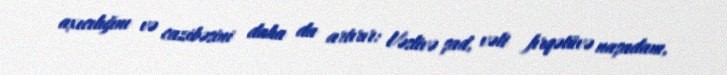
axıcılığını və cazibəsini daha da artırır: Vəslivə şad, vəli fırqətüvə naşadam,